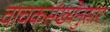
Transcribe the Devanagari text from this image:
वाचकसंख्येनुसार